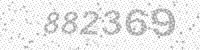
Solution: 882369